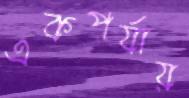
একপর্যায়